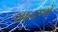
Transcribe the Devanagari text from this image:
सान्द्रणों